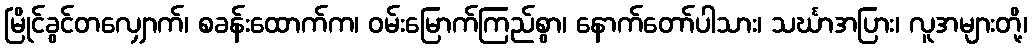
မြိုင်ခွင်တလျှောက်၊ စခန်းထောက်က၊ ဝမ်းမြောက်ကြည်စွာ၊ နောက်တော်ပါသား၊ သင်္ဃာအပြား၊ လူအများတို့၊